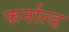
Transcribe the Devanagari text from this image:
फर्नाल्ड